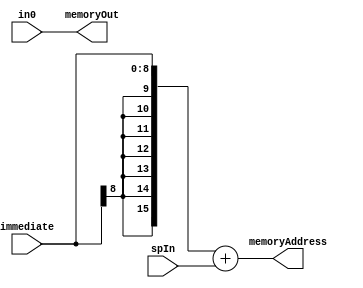
module L_ALU_2 (immediate, in0, spIn, memoryAddress, memoryOut);

// Handles STRSP
// Control bits: None
// Immediate bits: instruction[11:3]
// Each ALU is responsible for sign extending their own immediate

	input [8:0] immediate;
	output reg [15:0] memoryAddress;
	
	input [15:0] in0;
	input [15:0] spIn;
	
	output reg [15:0] memoryOut;
	
	always @ (immediate or in0 or spIn) begin
		memoryOut = in0;
		memoryAddress = {{7{immediate[8]}}, immediate[8:0]} + spIn;
	end	
	
	
endmodule